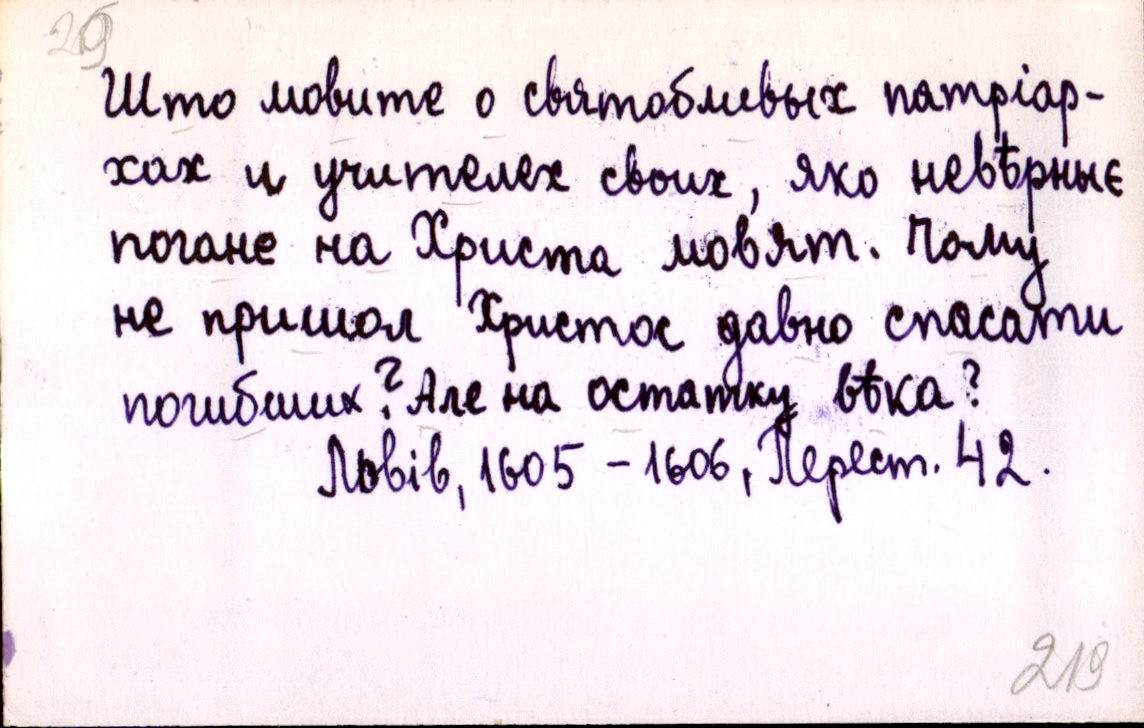
Што мовите о святобливых патріар-
хах и учителех своих, яко невѣрныє
погане на Христа мовят. Чому
не пришол Христос давно спасати
погибших? Але на остатку вѣка?
Львів, 1605-1606, Перест. 42.